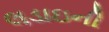
લડાઇની